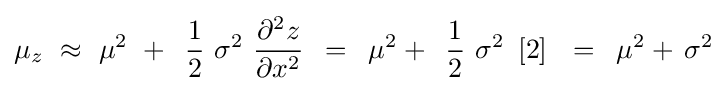
\mu _{z}\,\,\approx \,\,\mu ^{2}\,\,+\,\,\,{1 \over 2}\,\,\sigma ^{2}\,\,{{\partial ^{2}z} \over {\partial x^{2}}}\,\,\,=\,\,\,\mu ^{2}+\,\,\,{1 \over 2}\,\,\sigma ^{2}\,\,\left[2\right]\,\,\,\,=\,\,\,\mu ^{2}+\,\sigma ^{2}